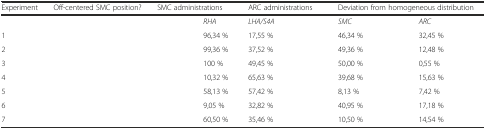
<table><thead><tr><td><b>Experiment</b></td><td><b>Off-centered SMC position?</b></td><td colspan="2"><b>SMC administrations</b></td><td colspan="2"><b>ARC administrations</b></td><td colspan="2"><b>Deviation from homogeneous distribution</b></td></tr></thead><tbody><tr><td>[EMPTY_CELL]</td><td>[EMPTY_CELL]</td><td>[EMPTY_CELL]</td><td><i>RHA</i></td><td><i>LHA/S4A</i></td><td>[EMPTY_CELL]</td><td><i>SMC</i></td><td><i>ARC</i></td></tr><tr><td>1</td><td>[EMPTY_CELL]</td><td>[EMPTY_CELL]</td><td>96,34 %</td><td>17,55 %</td><td>[EMPTY_CELL]</td><td>46,34 %</td><td>32,45 %</td></tr><tr><td>2</td><td>[EMPTY_CELL]</td><td>[EMPTY_CELL]</td><td>99,36 %</td><td>37,52 %</td><td>[EMPTY_CELL]</td><td>49,36 %</td><td>12,48 %</td></tr><tr><td>3</td><td>[EMPTY_CELL]</td><td>[EMPTY_CELL]</td><td>100 %</td><td>49,45 %</td><td>[EMPTY_CELL]</td><td>50,00 %</td><td>0,55 %</td></tr><tr><td>4</td><td>[EMPTY_CELL]</td><td>[EMPTY_CELL]</td><td>10,32 %</td><td>65,63 %</td><td>[EMPTY_CELL]</td><td>39,68 %</td><td>15,63 %</td></tr><tr><td>5</td><td>[EMPTY_CELL]</td><td>[EMPTY_CELL]</td><td>58,13 %</td><td>57,42 %</td><td>[EMPTY_CELL]</td><td>8,13 %</td><td>7,42 %</td></tr><tr><td>6</td><td>[EMPTY_CELL]</td><td>[EMPTY_CELL]</td><td>9,05 %</td><td>32,82 %</td><td>[EMPTY_CELL]</td><td>40,95 %</td><td>17,18 %</td></tr><tr><td>7</td><td>[EMPTY_CELL]</td><td>[EMPTY_CELL]</td><td>60,50 %</td><td>35,46 %</td><td>[EMPTY_CELL]</td><td>10,50 %</td><td>14,54 %</td></tr></tbody></table>